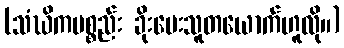
(သံဃိကပစ္စည်း ခိုးပေးသူတယောက်ဟူလို။)